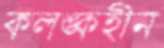
কলঙ্কহীন